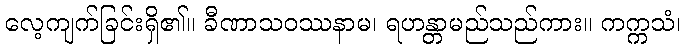
လေ့ကျက်ခြင်းရှိ၏။ ခီဏာသဝဿနာမ၊ ရဟန္တာမည်သည်ကား။ ကက္ကသံ၊